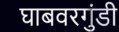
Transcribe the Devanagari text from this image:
घाबवरगुंडी